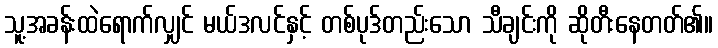
သူ့အခန်းထဲရောက်လျှင် မယ်ဒလင်နှင့် တစ်ပုဒ်တည်းသော သီချင်းကို ဆိုတီးနေတတ်၏။